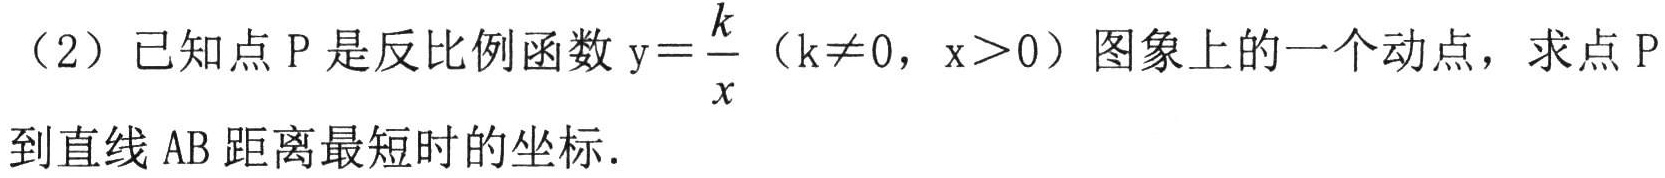
（2）已知点\(P\)是反比例函数\(y = \frac{k}{x}\)（\(k\neq0\)，\(x>0\)）图象上的一个动点，求点\(P\)到直线\(AB\)距离最短时的坐标.